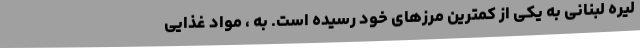
لیره لبنانی به یکی از کمترین مرزهای خود رسیده است. به ، مواد غذایی